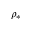
\rho _ { * }